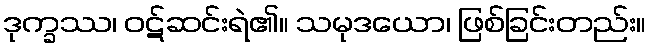
ဒုက္ခဿ၊ ဝဋ်ဆင်းရဲ၏။ သမုဒယော၊ ဖြစ်ခြင်းတည်း။